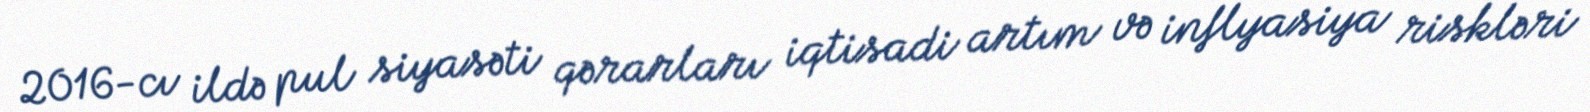
2016-cı ildə pul siyasəti qərarları iqtisadi artım və inflyasiya riskləri